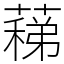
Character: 蕛